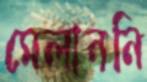
মেলাননি